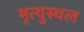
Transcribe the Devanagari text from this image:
मृत्युस्थल